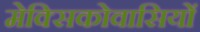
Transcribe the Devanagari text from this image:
मेक्सिकोवासियों